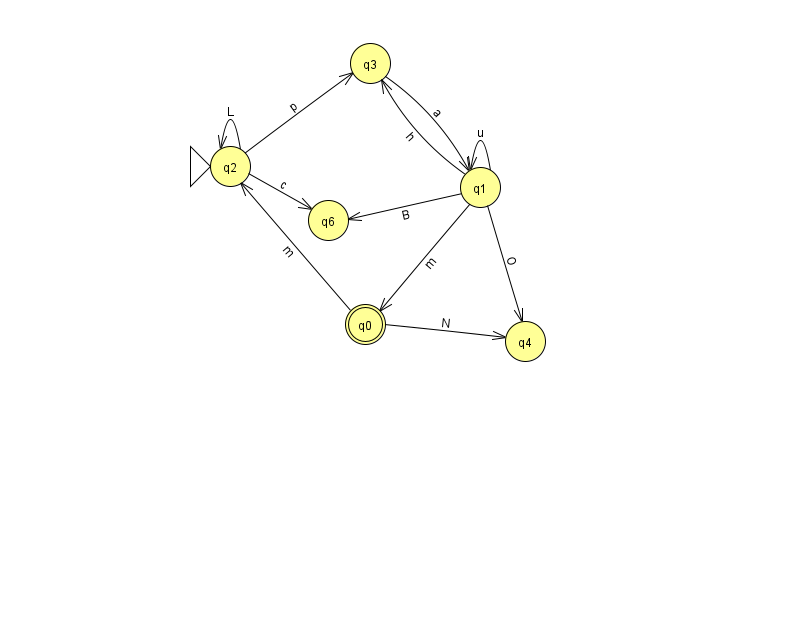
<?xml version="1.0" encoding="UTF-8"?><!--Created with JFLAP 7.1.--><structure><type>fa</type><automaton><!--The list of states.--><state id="0" name="q0"><x>365.0</x><y>311.0</y><final/></state><state id="1" name="q1"><x>480.0</x><y>174.0</y></state><state id="2" name="q2"><x>230.0</x><y>153.0</y><initial/></state><state id="3" name="q3"><x>370.0</x><y>50.0</y></state><state id="4" name="q4"><x>525.0</x><y>328.0</y></state><state id="6" name="q6"><x>328.0</x><y>207.0</y></state><!--The list of transitions.--><transition><from>1</from><to>6</to><read>B</read></transition><transition><from>3</from><to>1</to><read>a</read></transition><transition><from>0</from><to>2</to><read>m</read></transition><transition><from>0</from><to>4</to><read>N</read></transition><transition><from>1</from><to>1</to><read>u</read></transition><transition><from>1</from><to>4</to><read>O</read></transition><transition><from>1</from><to>0</to><read>m</read></transition><transition><from>1</from><to>3</to><read>h</read></transition><transition><from>2</from><to>3</to><read>p</read></transition><transition><from>2</from><to>6</to><read>c</read></transition><transition><from>2</from><to>2</to><read>L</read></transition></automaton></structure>